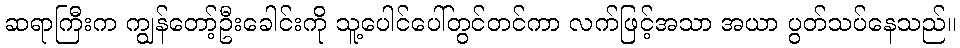
ဆရာကြီးက ကျွန်တော့်ဦးခေါင်းကို သူ့ပေါင်ပေါ်တွင်တင်ကာ လက်ဖြင့်အသာ အယာ ပွတ်သပ်နေသည်။